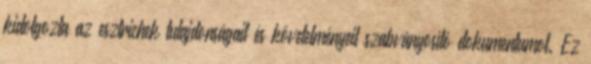
kidolgozta az esztrichek tulajdonságait és követelményeit szabványosító dokumentumot. Ez